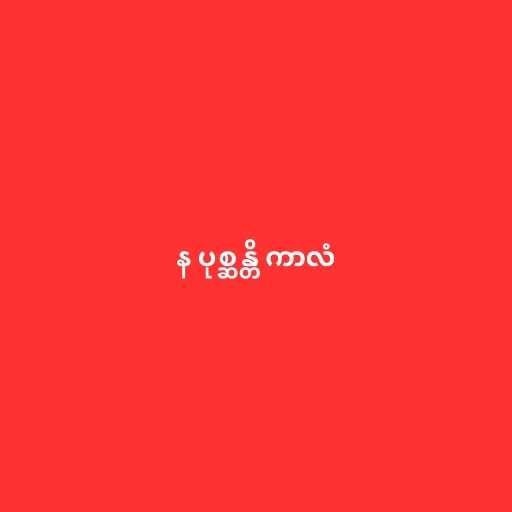
န ပုစ္ဆန္တိ ကာလံ